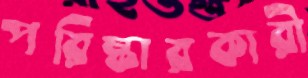
পরিষ্কারকারী